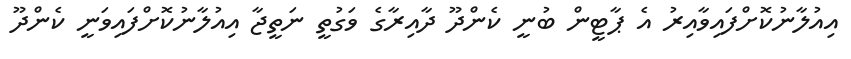
އިއުލާނުކޮށްފައިވާއިރު އެ ޕާޓީން ބުނީ ކެންދޫ ދާއިރާގެ ވަގުތީ ނަތީޖާ އިއުލާނުކޮށްފައިވަނީ ކެންދޫ